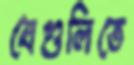
যেগুলিতে